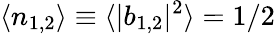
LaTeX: \langle n_{1,2}\rangle\equiv\langle|b_{1,2}|^{2}\rangle=1/2